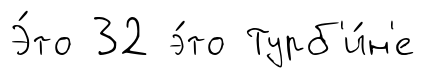
Э́то 32 э́то Турб'и́н'е